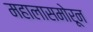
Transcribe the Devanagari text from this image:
महालासमोरून